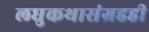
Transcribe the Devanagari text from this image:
लघुकथासंग्रहही